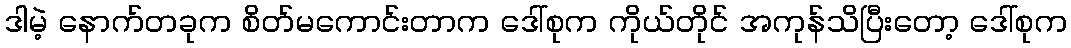
ဒါမဲ့ နောက်တခုက စိတ်မကောင်းတာက ဒေါ်စုက ကိုယ်တိုင် အကုန်သိပြီးတော့ ဒေါ်စုက